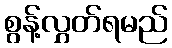
စွန့်လွှတ်ရမည်